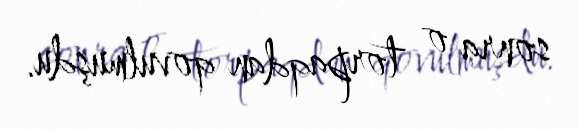
sonra o torpaqdan qovulmuşdu.